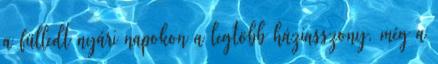
a fülledt nyári napokon a legtöbb háziasszony, még a